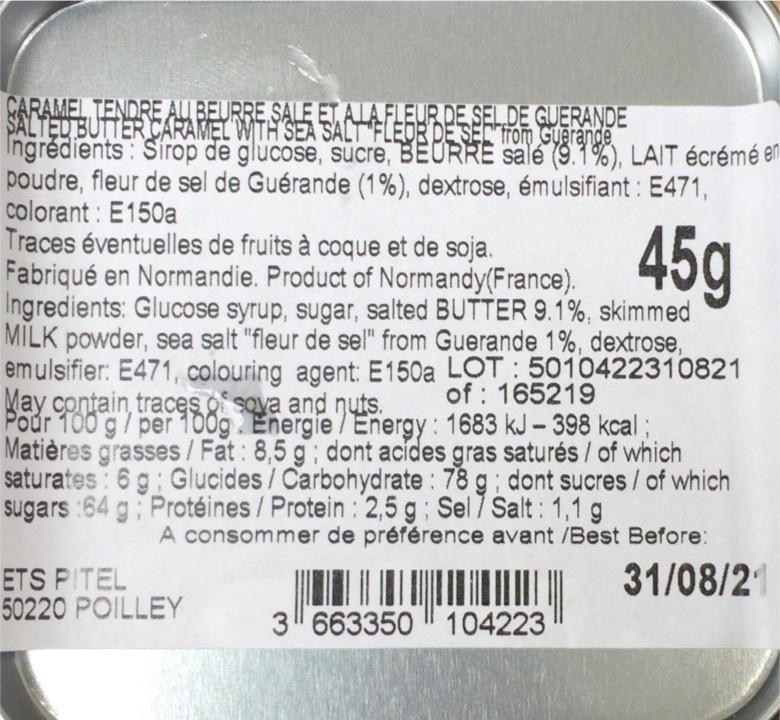
CARAMEL TENDRE AU BEURRE SALE ET, ALA FL SALTED BUTTER CARAMEL WITH SEA SALT Ingrédients : Sirop de glucose, sucre, BEURRE sale (9.1%), LAIT écrémé en poudre, fleur de sel de Guérande (1%), dextrose, émulsifiant : E471, colorant : E150a Traces éventuelles de fruits à coque et de soja. Fabriqué en Normandie. Product of Normandy(France). Ingredients: Glucose syrup, sugar, salted BUTTER 9.1%, skimmed MILK powder, sea salt "fleur de sel" from Guerande 1%, dextrose, emulsifier: E471, colouring agent: E150a LOT : 5010422310821 May contain, traces o sova and nuts. Pour 100 g/ per 100g Energie / Energy: 1683 kJ- 398 kcal ; Matières grasses /Fat : 8,5 g; dont acídes gras saturés / of which saturates : 6 g Glucides /Carbohydrate : 78 g; dont sucres / of which sugars :64 g Protéines / Protein : 2,5 g; Sel 7 Salt: 1,1 g
RDE SELDE GUERANDE
FLEDE DE SET FOm GUarande
45g
of : 165219
A consommer de préférence avant /Best Before:
ETS PITEL 50220 POILLEY
31/08/2
3 663350 104223